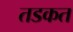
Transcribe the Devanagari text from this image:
तडकत